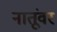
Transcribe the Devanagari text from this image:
नातूंवर